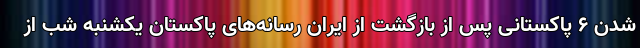
شدن 6 پاکستانی پس از بازگشت از ایران رسانه‌های پاکستان یکشنبه شب از